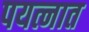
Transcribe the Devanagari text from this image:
पयत्नात